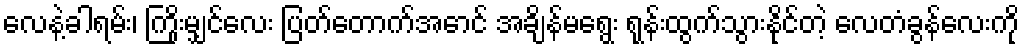
လေနဲ့ခါရမ်း၊ ကြိုးမျှင်လေး ပြတ်တောက်အောင် အချိန်မရွေး ရုန်းထွက်သွားနိုင်တဲ့ လေတံခွန်လေးကို